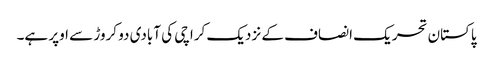
پاکستان تحریک انصاف کے نزدیک کراچی کی آبادی دو کروڑ سے اوپر ہے۔